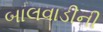
બાલવાડીની